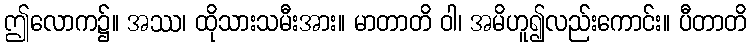
ဤလောက၌။ အဿ၊ ထိုသားသမီးအား။ မာတာတိ ဝါ၊ အမိဟူ၍လည်းကောင်း။ ပီတာတိ